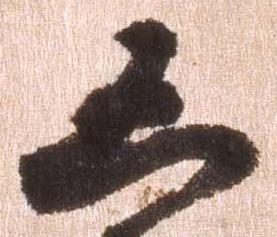
凶